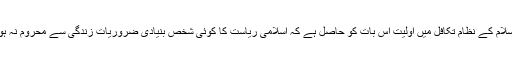
اسلام کے نظامِ تکافل میں اولیت اس بات کو حاصل ہے کہ اسلامی ریاست کا کوئی شخص بنیادی ضروریاتِ زندگی سے محروم نہ ہو۔